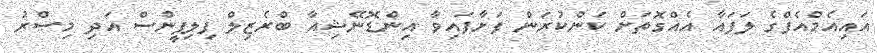
އައިއެމްއެފްގެ ލަފައާ އެއްގޮތަށް ކަންކުރަން ފަށާފައިވާ އިންޑޮނޭޝިއާ ބްރެޒިލް ފިލިޕީންސް އަދި މިޞްރު